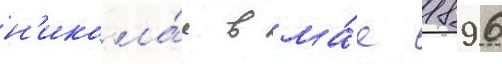
н'икола́я в ма́е 1896